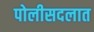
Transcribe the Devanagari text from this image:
पोलीसदलात